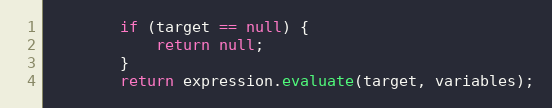
Language: Java
        if (target == null) {
            return null;
        }
        return expression.evaluate(target, variables);